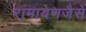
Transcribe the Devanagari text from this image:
रामायणजैसे